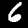
Label: 6